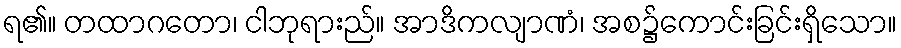
ရ၏။ တထာဂတော၊ ငါဘုရားည်။ အာဒိကလျာဏံ၊ အစ၌ကောင်းခြင်းရှိသော။